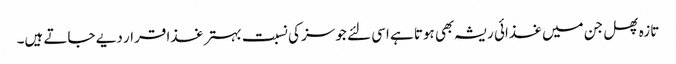
تازہ پھل جن میں غذائی ریشہ بھی ہوتا ہے اسی لئے جوسز کی نسبت بہتر غذا قرار دیے جاتے ہیں۔